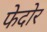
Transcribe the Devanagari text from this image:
फेदोर